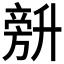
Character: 𰅾